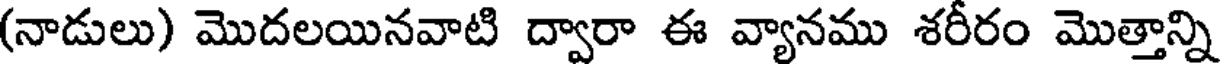
(నాడులు) మొదలయినవాటి ద్వారా ఈ వ్యానము శరీరం మొత్తాన్ని